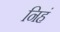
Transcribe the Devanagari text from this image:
निहं